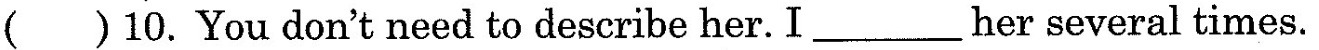
( )10.You don'tneed to describe her. I___her several times.